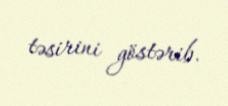
təsirini göstərib.